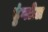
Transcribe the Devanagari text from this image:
टुंगतेल